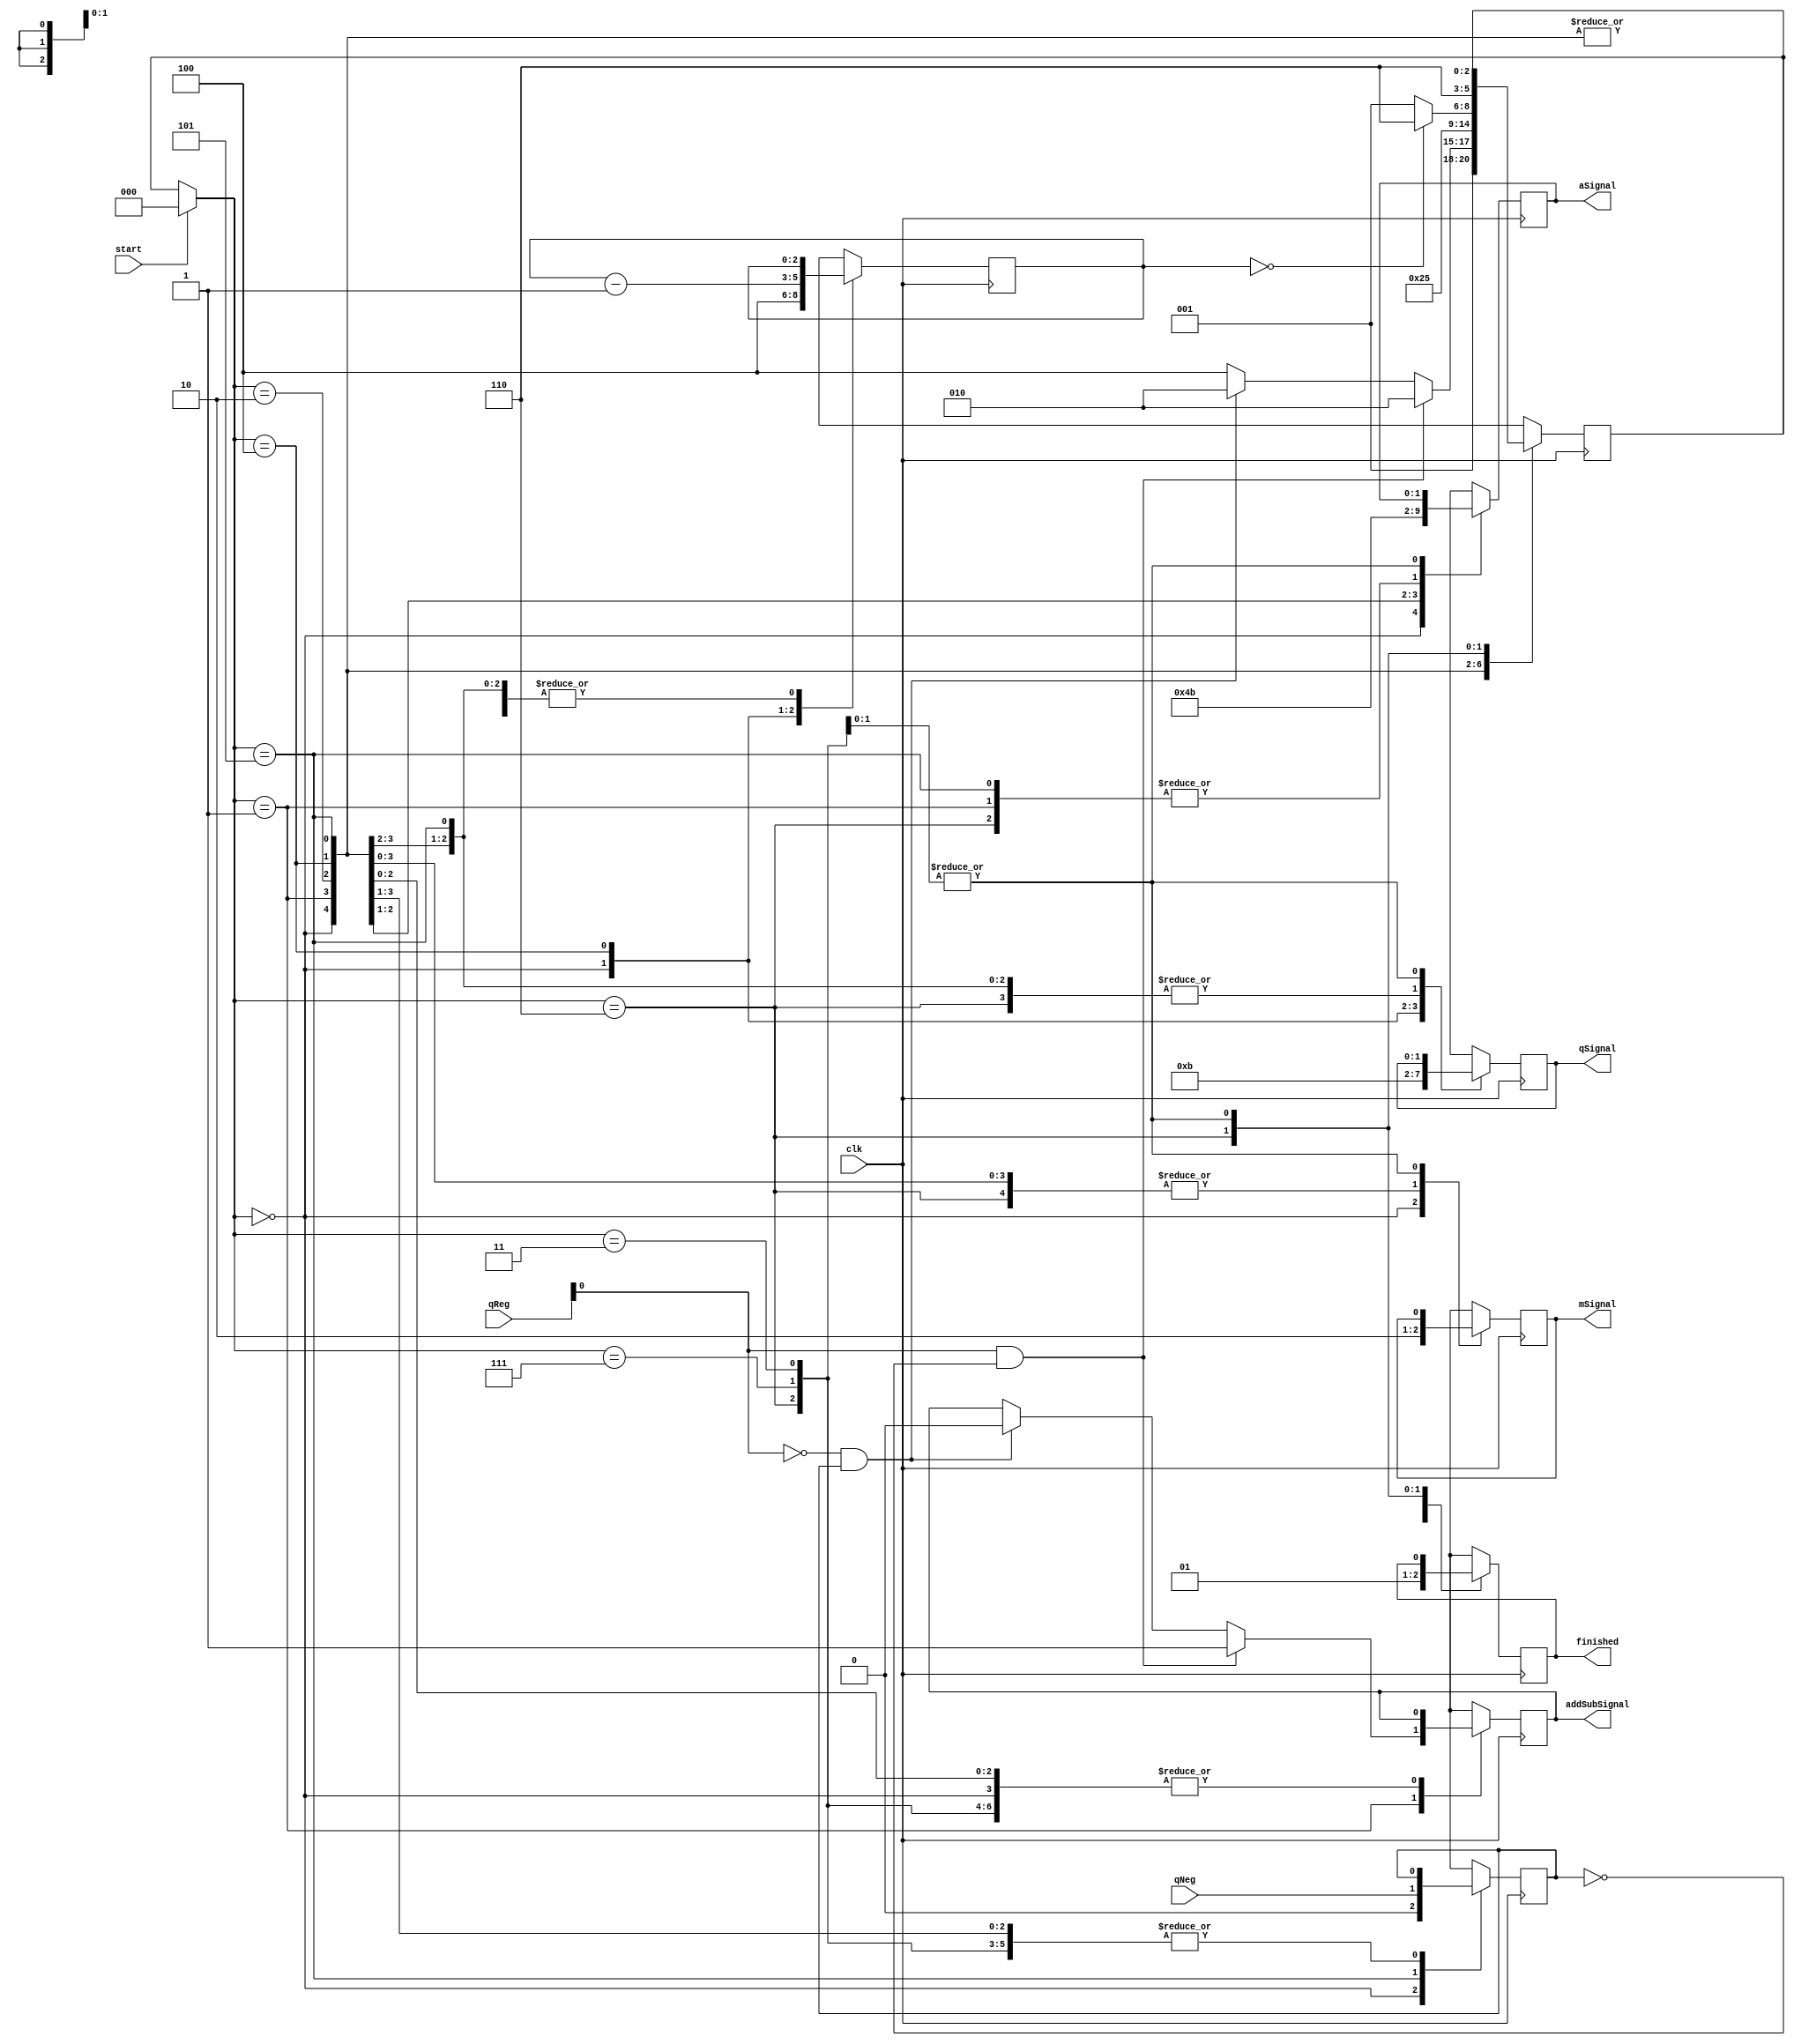
// Main control for the multiplier.
module ControlLogic(qReg, qNeg, start, mSignal, addSubSignal, aSignal, qSignal, finished, clk);

input [3:0] qReg;
input qNeg, start, clk;
output [1:0] aSignal, qSignal;
output mSignal, addSubSignal, finished;
reg [1:0] m_ASignal, m_QSignal;
reg m_MSignal, m_AddSubSignal, m_Finished;
assign aSignal = m_ASignal;
assign qSignal = m_QSignal;
assign mSignal = m_MSignal;
assign addSubSignal = m_AddSubSignal;
assign finished = m_Finished;

// States.
parameter ST_INIT = 3'b000, ST_CMP = 3'b001, ST_ADDSUBRES = 3'b010, ST_GLITCH2 = 3'b011, ST_SHIFT = 3'b100, ST_CNT = 3'b101, ST_END = 3'b110, ST_GLITCH = 3'b111;

// Control signals.
parameter CTRL_LOAD = 2'b00, CTRL_RESET = 2'b01, CTRL_SHIFT = 2'b10, CTRL_HOLD = 2'b11;
parameter CTRL2_LOAD = 1'b1, CTRL2_HOLD = 1'b0;
parameter CTRL_ADD = 1'b0, CTRL_SUB = 1'b1;
parameter SIG_FALSE = 1'b0, SIG_TRUE = 1'b1;

// Private variables.
reg [2:0] m_Cnt;
reg [2:0] m_CurrState;
reg [2:0] m_NextState;
reg m_QNeg;

// Main driver code.
always @(negedge clk) begin

    // Reset.
    if (start == 1'b1) m_CurrState = ST_INIT;
    else m_CurrState = m_NextState;

    // State machine.
    case (m_CurrState)

        // Initial state. Add and sub isn't used so shouldn't be touched.
        ST_INIT: begin
            m_Cnt = 4;
            m_QNeg = 0;
            m_MSignal = CTRL2_LOAD;
            m_ASignal = CTRL_RESET;
            m_QSignal = CTRL_LOAD;
            m_NextState = ST_CMP;
            m_Finished = SIG_FALSE;
        end

        // Check to see if to do addition or subtraction state.
        ST_CMP: begin

            // Sub.
            if (qReg[0] == 1'b1 && m_QNeg == 1'b0) begin
                m_AddSubSignal = CTRL_SUB;
                m_NextState = ST_ADDSUBRES;
            end

            // Add.
            else if (qReg[0] == 1'b0 && m_QNeg == 1'b1) begin
                m_AddSubSignal = CTRL_ADD;
                m_NextState = ST_ADDSUBRES;
            end

            // Shift.
            else begin
                m_NextState = ST_SHIFT;
            end

            // Common state functions.
            m_MSignal = CTRL2_HOLD;
            m_ASignal = CTRL_HOLD;
            m_QSignal = CTRL_HOLD;
            m_Finished = SIG_FALSE;

        end

        // Add or subtract items result.
        ST_ADDSUBRES: begin
            m_MSignal = CTRL2_HOLD;
            m_ASignal = CTRL_LOAD;
            m_QSignal = CTRL_HOLD;
            m_NextState = ST_SHIFT;
            m_Finished = SIG_FALSE;
        end

        // Shift items.
        ST_SHIFT: begin
            m_MSignal = CTRL2_HOLD;
            m_ASignal = CTRL_SHIFT;
            m_QSignal = CTRL_SHIFT;
            m_NextState = ST_CNT;
            m_Finished = SIG_FALSE;
            m_Cnt = m_Cnt - 1;
        end

        // Counting logic.
        ST_CNT: begin
            if (m_Cnt == 0) m_NextState = ST_END;
            else m_NextState = ST_CMP;
            m_QNeg = qNeg;
            m_MSignal = CTRL2_HOLD;
            m_ASignal = CTRL_HOLD;
            m_QSignal = CTRL_HOLD;
            m_Finished = SIG_FALSE;
        end

        // Finished.
        ST_END: begin
            m_MSignal = CTRL2_HOLD;
            m_ASignal = CTRL_HOLD;
            m_QSignal = CTRL_HOLD;
            m_Finished = SIG_TRUE;
            m_NextState = ST_END;
        end

        // Glitch state. An error occured somewhere.
        ST_GLITCH: begin
            #10 $display("ERR: GLITCH STATE REACHED!");
        end

        // Glitch state. An error occured somewhere.
        ST_GLITCH2: begin
            #10 $display("ERR: GLITCH STATE REACHED!");
        end

    endcase

end

endmodule